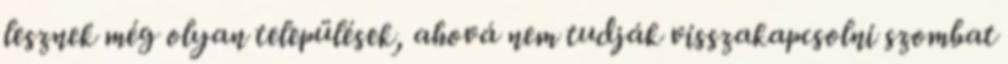
lesznek még olyan települések, ahová nem tudják visszakapcsolni szombat